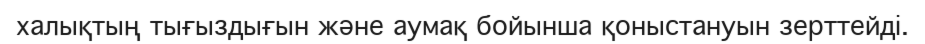
халықтың тығыздығын және аумақ бойынша қоныстануын зерттейді.